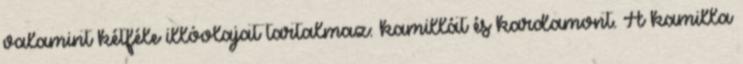
valamint kétféle illóolajat tartalmaz: kamillát és kardamont. A kamilla